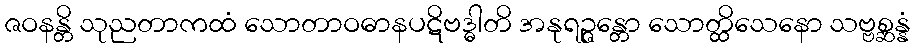
ဇဝနန္တိ သုညတာကထံ သောတာဝဓာနပဋိဗဒ္ဓါတိ အနုရဉ္ဇန္တော သောတ္ထိသေနော သဗ္ဗစ္ဆန္နံ